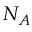
N _ { A }